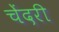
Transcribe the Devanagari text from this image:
चेंदरी